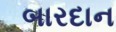
બારદાન